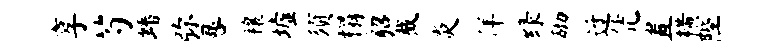
享芍蟠弥晷禳墟须榻貂截炎佯绿砌迓凭置横陛